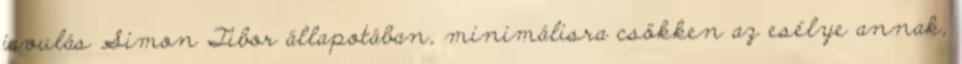
javulás Simon Tibor állapotában, minimálisra csökken az esélye annak,